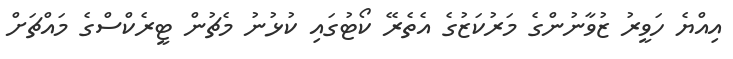
އިއްޔެ ހަވީރު ޒުވާނުންގެ މަރުކަޒުގެ އެތެރޭ ކޯޓުގައި ކުޅުނު މެޗުން ޓީރެކްސްގެ މައްޗަށް